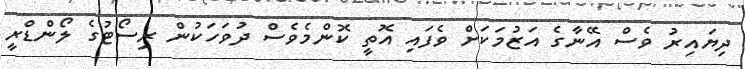
ދިޔައިރު ވެސް އޭނާގެ އަޒުމަކަށް ވެފައި އޮތީ ކޮންމެވެސް ދުވަހަކުން ރިސޯޓުގެ ލޯންޑްރީ